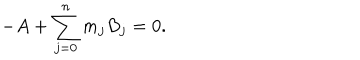
- A + \sum _ { j = 0 } ^ { n } m _ { j } B _ { j } = 0 .